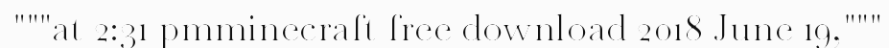
"""at 2:31 pmminecraft free download 2018 June 19,"""